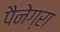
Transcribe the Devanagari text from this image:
पैनेग्रा